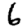
Digit: 6